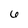
Character: 6